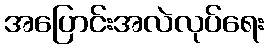
အပြောင်းအလဲလုပ်ရေး